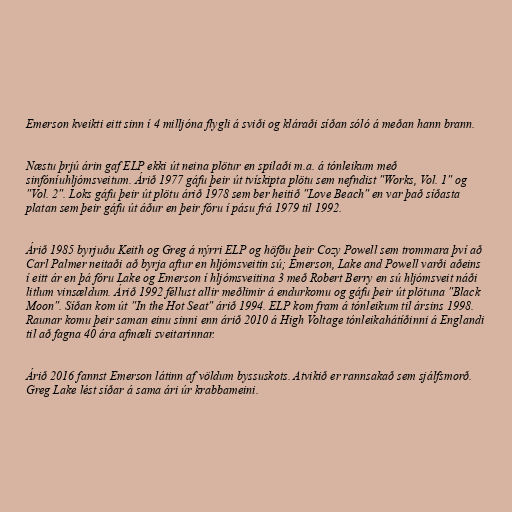
Emerson kveikti eitt sinn í 4 milljóna flygli á sviði og kláraði síðan sóló á meðan hann brann.

Næstu þrjú árin gaf ELP ekki út neina plötur en spilaði m.a. á tónleikum með
sinfóníuhljómsveitum. Árið 1977 gáfu þeir út tvískipta plötu sem nefndist "Works, Vol. 1" og
"Vol. 2". Loks gáfu þeir út plötu árið 1978 sem ber heitið "Love Beach" en var það síðasta
platan sem þeir gáfu út áður en þeir fóru í pásu frá 1979 til 1992.

Árið 1985 byrjuðu Keith og Greg á nýrri ELP og höfðu þeir Cozy Powell sem trommara því að
Carl Palmer neitaði að byrja aftur en hljómsveitin sú; Emerson, Lake and Powell varði aðeins
í eitt ár en þá fóru Lake og Emerson í hljómsveitina 3 með Robert Berry en sú hljómsveit náði
litlum vinsældum. Árið 1992 féllust allir meðlimir á endurkomu og gáfu þeir út plötuna "Black
Moon". Síðan kom út "In the Hot Seat" árið 1994. ELP kom fram á tónleikum til ársins 1998.
Raunar komu þeir saman einu sinni enn árið 2010 á High Voltage tónleikahátíðinni á Englandi
til að fagna 40 ára afmæli sveitarinnar.

Árið 2016 fannst Emerson látinn af völdum byssuskots. Atvikið er rannsakað sem sjálfsmorð.
Greg Lake lést síðar á sama ári úr krabbameini.